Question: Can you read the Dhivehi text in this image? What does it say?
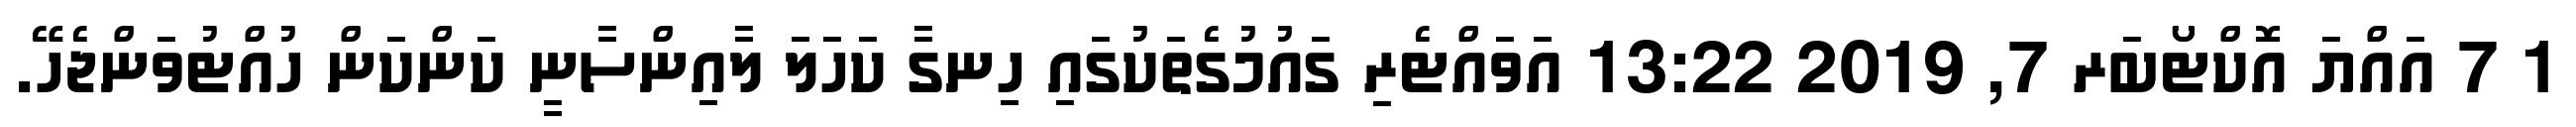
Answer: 1 7 އައްޔަ އޮކްޓޯބަރ 7, 2019 13:22 އަވައްޓެރި ގައުމުގެތަކުގައި ހިނގާ ކަހަލަ ލާއިންސާނީ ކަންކަން ހުއްޓުވަންޖެހޭ.